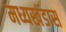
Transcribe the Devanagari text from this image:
मध्यखंडास